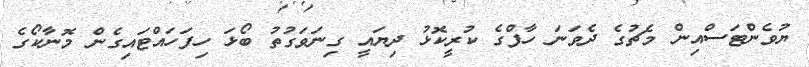
ޔުވެންޓަސްއިން މެޗުގެ ދެވަނަ ހާފްގެ ކުރީކޮޅު ދިޔައީ ގިނަވަގުތު ބޯޅަ ހިފަހައްޓައިގެން މޮނާކޯގެ